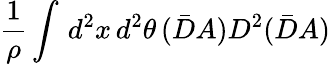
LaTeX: \frac{1}{\rho}\int\, d^{2}x\, d^{2}\theta\, (\bar{D}A)D^{2}(\bar{D}A)